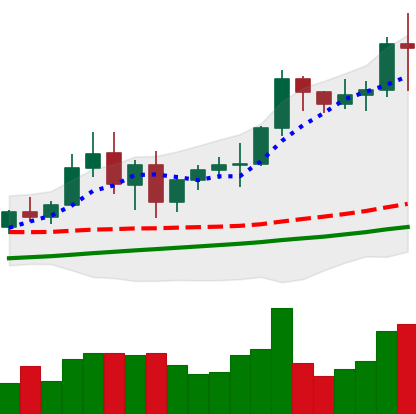
Ticker: BNB-USD
Chart end date: 2021-01-04
Forward return: 7.346%
Label: up_7plus